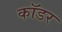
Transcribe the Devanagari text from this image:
कॉडर